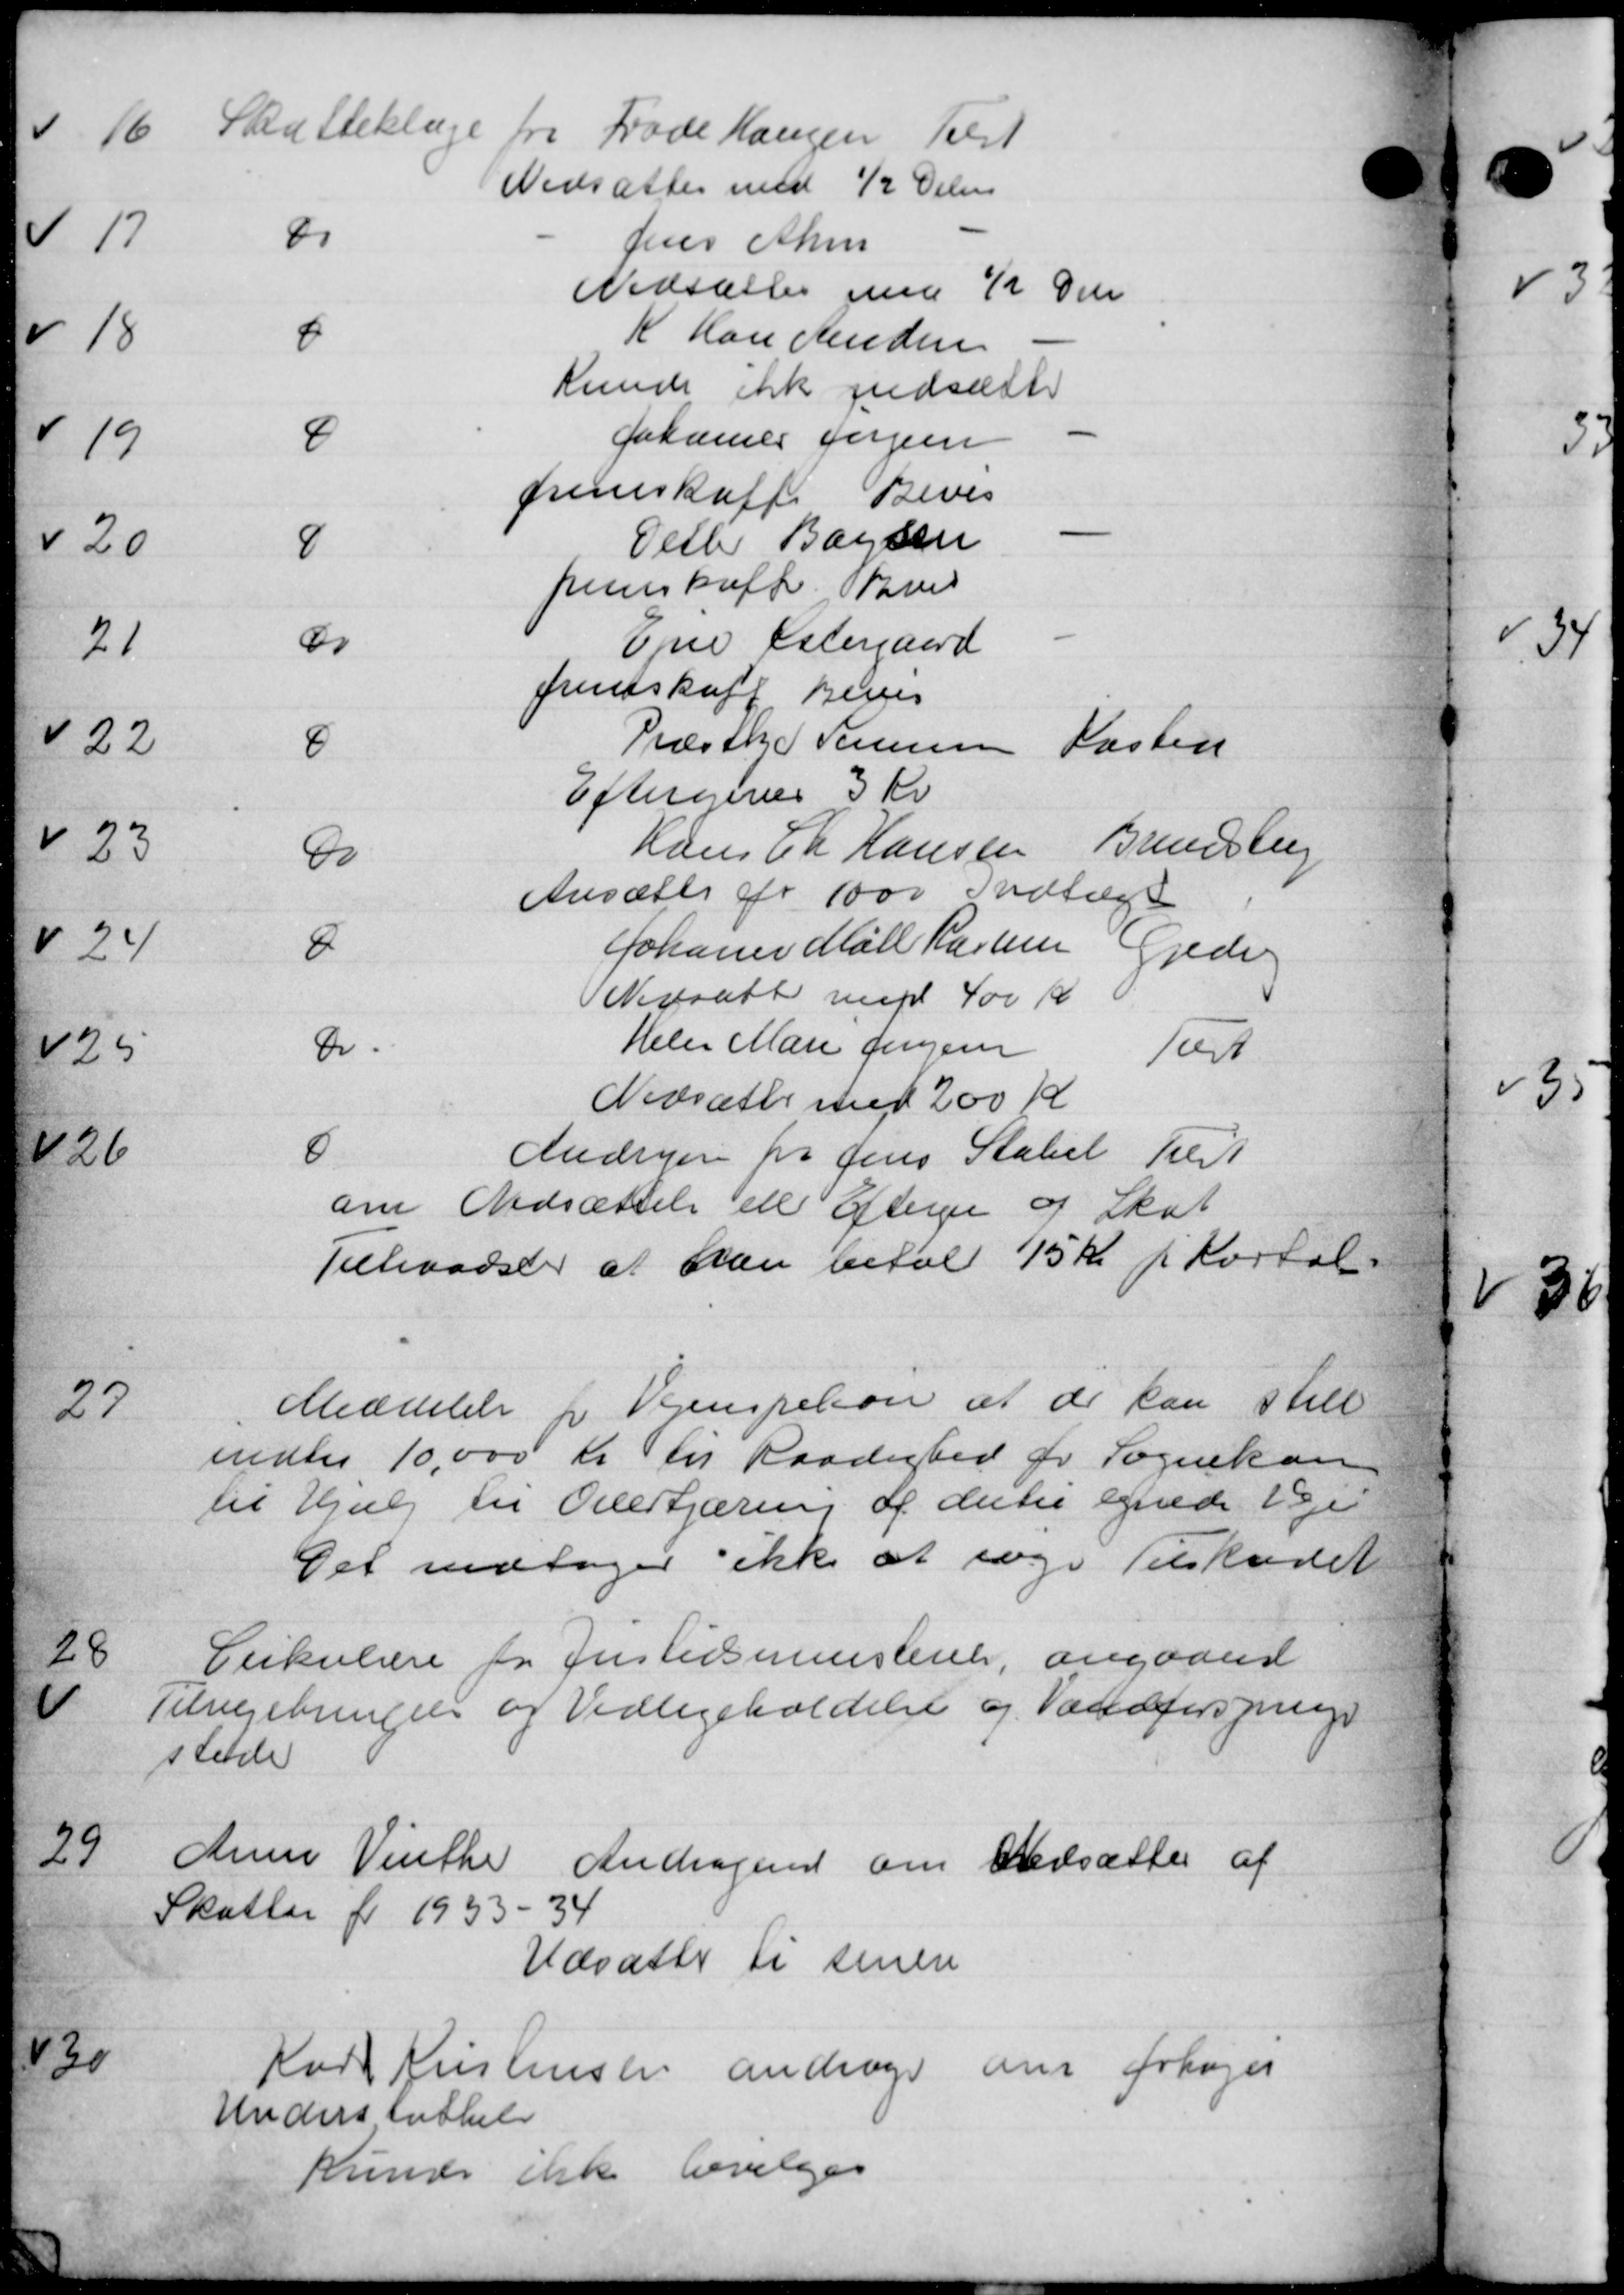
Transskription:
Katteklage fra Frode Kongen Tilst
Nedsættes med ½ Delen

Jens Ahm
Nedsættes med ½ Del

K Hans Knudsen
Kunde ikke nedsætte

Johannes Jørgen
fremskaffe Bevis

Pelle Baysen
fremskaffe med

Ejne Østergaard
fremskaff Revis

Præsth. S. Jensen Kasten
Eftergives 3 Kr

Hans Chr Hansen Brunstup
Ansætte for 1000 Indtægt

Johanne Mølle Rasmus Gjede
Nedsatt med 400 Kr.

Heler Marie Jensen Tost
Nedsætte med 200 Kr.

Andrager pr Jens Statet Tilst
om Nedsættelse ell Efterge og Skat
Tilladser at han betalt 15 Kr. pr. kortal.

Meddelelse fra Vejinspekon at de kan still
endte 10.000 Kr til Raadighed for Sognekass
til Hjælp til Overtjæring af dertil egnede Veje
Det modtager ikke at søge Tilskudet

Cirkulære for Justitsministerie, angaaende
Tilvejebringelse og Vedligeholdelse og Vandforsprunge
stede

Anne Vinthe Andragende om Nedsættes af
Skatter for 1933 - 34
Udsatte til senere

Karl Kristensen andrager om fotoges
Understøttelse
Kunde ikke bevilges